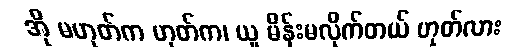
အို မဟုတ်က ဟုတ်က၊ ယူ မိန်းမလိုက်တယ် ဟုတ်လား